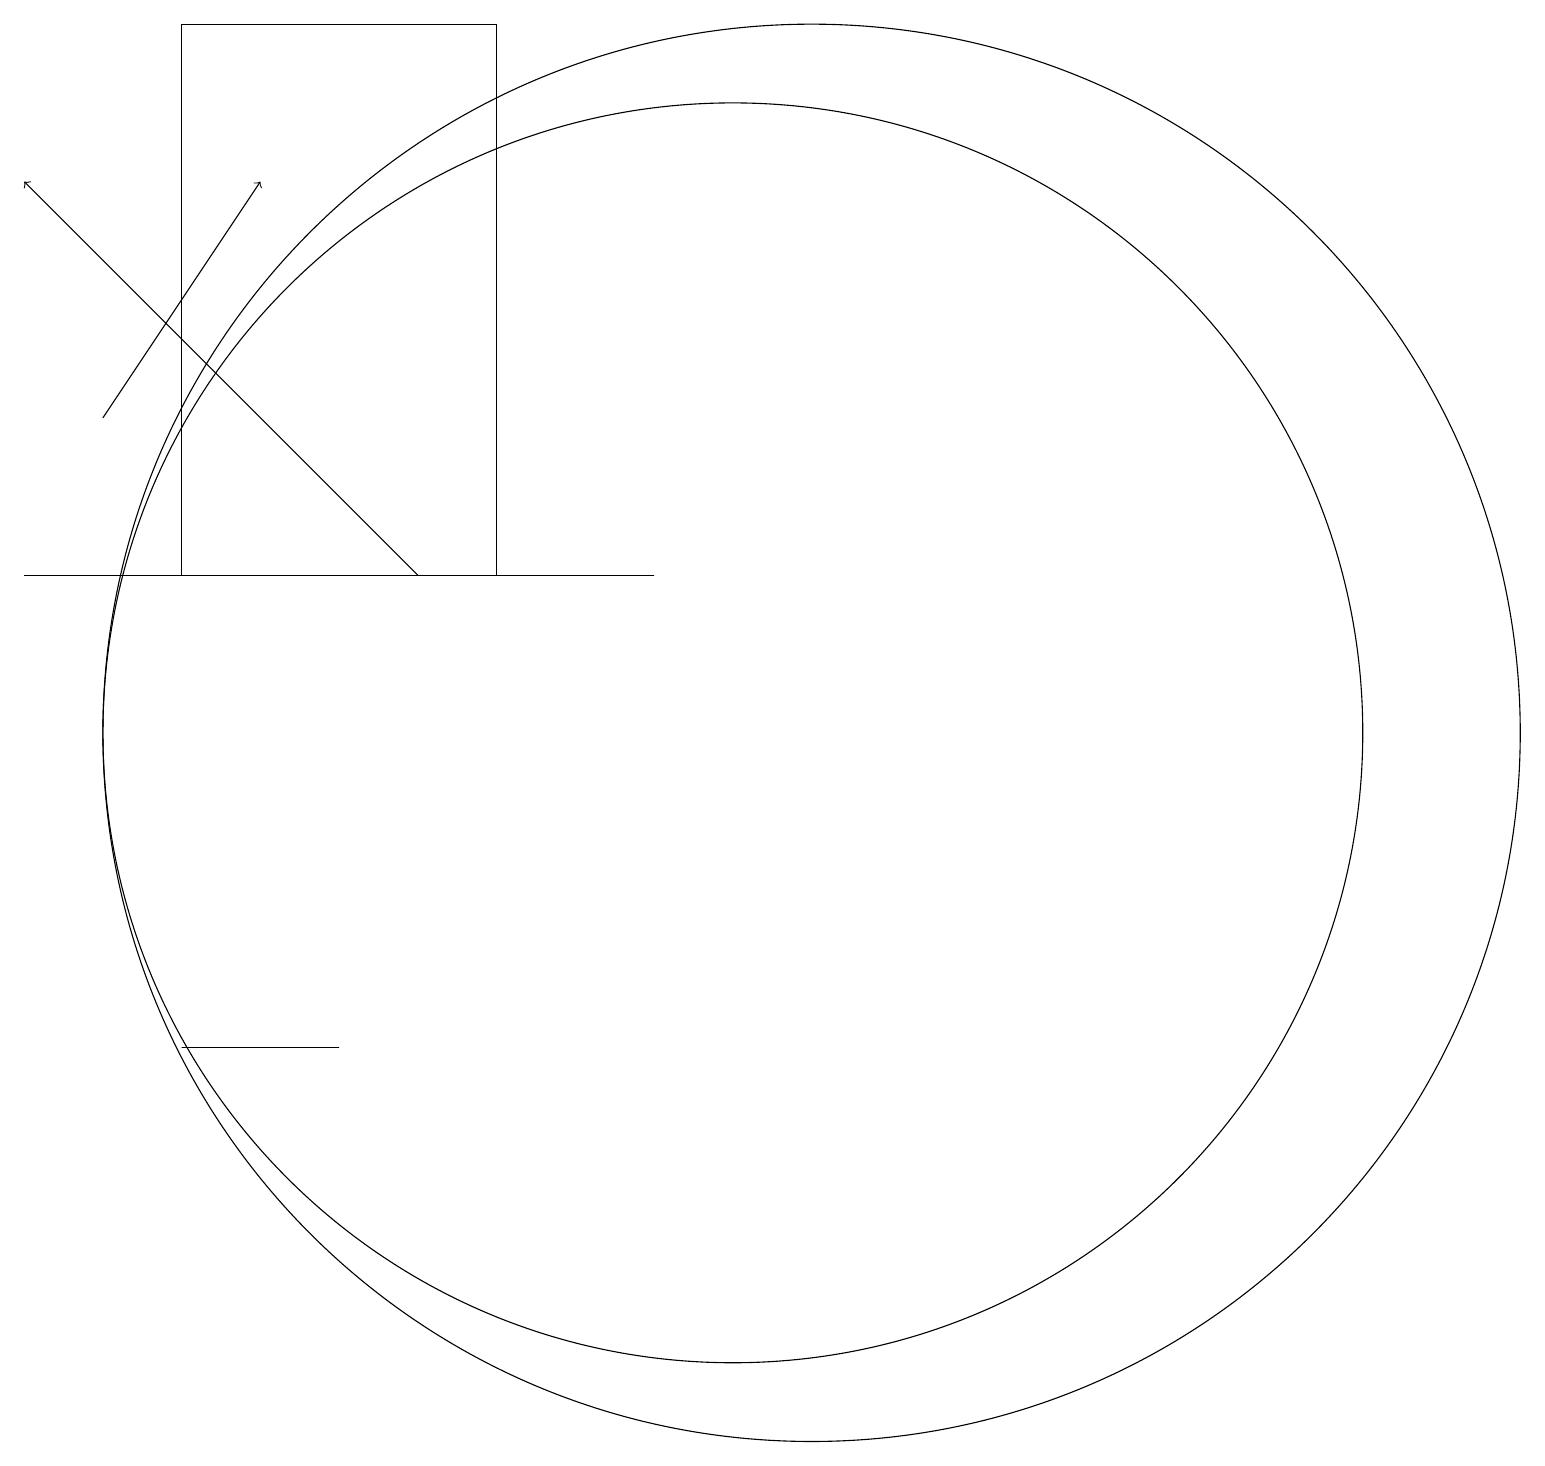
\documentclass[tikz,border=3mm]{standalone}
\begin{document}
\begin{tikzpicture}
\draw (5,6) -- (5,6) -- (3,6) -- cycle;
\draw (7,19) rectangle (3,12);
\draw (10,10) circle (8);
\draw[->] (2,14) -- (4,17);
\draw (11,10) circle (9);
\draw[->] (6,12) -- (1,17);
\draw (9,12) rectangle (1,12);
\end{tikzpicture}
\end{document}